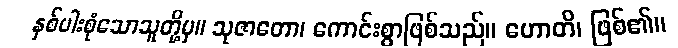
နှစ်ပါးစုံသောသူတို့မှ။ သုဇာတော၊ ကောင်းစွာဖြစ်သည်။ ဟောတိ၊ ဖြစ်၏။